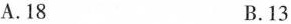
A.18 B.13